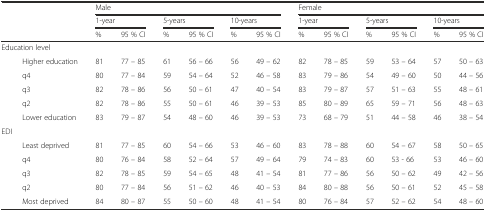
<table><thead><tr><td rowspan="3" colspan="2"></td><td colspan="6"><b>Male</b></td><td colspan="6"><b>Female</b></td></tr><tr><td colspan="2"><b>1-year</b></td><td colspan="2"><b>5-years</b></td><td colspan="2"><b>10-years</b></td><td colspan="2"><b>1-year</b></td><td colspan="2"><b>5-years</b></td><td colspan="2"><b>10-years</b></td></tr><tr><td><b>%</b></td><td><b>95 % CI</b></td><td><b>%</b></td><td><b>95 % CI</b></td><td><b>%</b></td><td><b>95 % CI</b></td><td><b>%</b></td><td><b>95 % CI</b></td><td><b>%</b></td><td><b>95 % CI</b></td><td><b>%</b></td><td><b>95 % CI</b></td></tr></thead><tbody><tr><td colspan="2">Education level</td><td></td><td></td><td></td><td></td><td></td><td></td><td></td><td></td><td></td><td></td><td></td><td></td></tr><tr><td></td><td>Higher education</td><td>81</td><td>77 – 85</td><td>61</td><td>56 – 66</td><td>56</td><td>49 – 62</td><td>82</td><td>78 – 85</td><td>59</td><td>53 – 64</td><td>57</td><td>50 – 63</td></tr><tr><td></td><td>q4</td><td>80</td><td>77 – 84</td><td>59</td><td>54 – 64</td><td>52</td><td>46 – 58</td><td>83</td><td>79 – 86</td><td>54</td><td>49 – 60</td><td>50</td><td>44 – 56</td></tr><tr><td></td><td>q3</td><td>82</td><td>78 – 86</td><td>56</td><td>50 – 61</td><td>47</td><td>40 – 54</td><td>83</td><td>79 – 87</td><td>57</td><td>51 – 63</td><td>55</td><td>48 – 61</td></tr><tr><td></td><td>q2</td><td>82</td><td>78 – 86</td><td>55</td><td>50 – 61</td><td>46</td><td>39 – 53</td><td>85</td><td>80 – 89</td><td>65</td><td>59 – 71</td><td>56</td><td>48 – 63</td></tr><tr><td></td><td>Lower education</td><td>83</td><td>79 – 87</td><td>54</td><td>48 – 60</td><td>46</td><td>39 – 53</td><td>73</td><td>68 – 79</td><td>51</td><td>44 – 58</td><td>46</td><td>38 – 54</td></tr><tr><td colspan="2">EDI</td><td></td><td></td><td></td><td></td><td></td><td></td><td></td><td></td><td></td><td></td><td></td><td></td></tr><tr><td></td><td>Least deprived</td><td>81</td><td>77 – 85</td><td>60</td><td>54 – 66</td><td>53</td><td>46 – 60</td><td>83</td><td>78 – 88</td><td>60</td><td>54 – 67</td><td>58</td><td>50 – 65</td></tr><tr><td></td><td>q4</td><td>80</td><td>76 – 84</td><td>58</td><td>52 – 64</td><td>57</td><td>49 – 64</td><td>79</td><td>74 – 83</td><td>60</td><td>53 - 66</td><td>53</td><td>46 – 60</td></tr><tr><td></td><td>q3</td><td>82</td><td>78 – 85</td><td>59</td><td>54 – 65</td><td>48</td><td>41 – 54</td><td>81</td><td>77 – 86</td><td>56</td><td>50 – 62</td><td>49</td><td>42 – 56</td></tr><tr><td></td><td>q2</td><td>80</td><td>77 – 84</td><td>56</td><td>51 – 62</td><td>46</td><td>40 – 53</td><td>84</td><td>80 – 88</td><td>56</td><td>50 – 61</td><td>52</td><td>45 – 58</td></tr><tr><td></td><td>Most deprived</td><td>84</td><td>80 – 87</td><td>55</td><td>50 – 60</td><td>48</td><td>41 – 54</td><td>80</td><td>76 – 84</td><td>57</td><td>52 – 62</td><td>54</td><td>48 – 60</td></tr></tbody></table>